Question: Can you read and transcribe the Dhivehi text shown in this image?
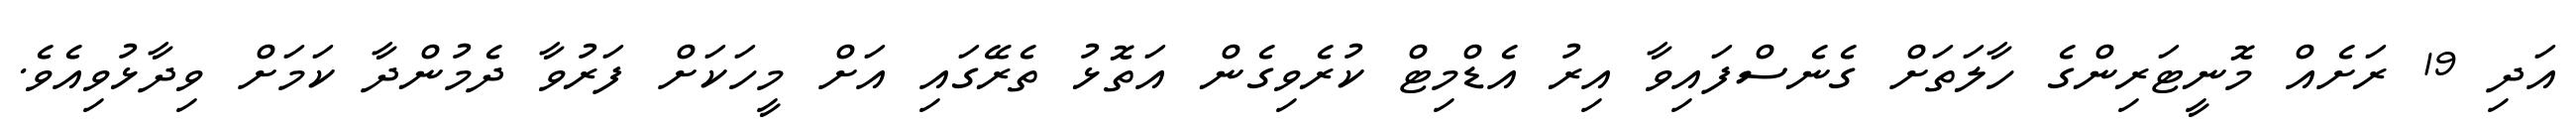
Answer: އަދި 19 ރަށެއް މޮނީޓަރިންގެ ހާލަތަށް ގެނެސްފައިވާ އިރު އެޑްމިޓް ކުރެވިގެން އަތޮޅު ތެރޭގައި އަށް މީހަކަށް ފަރުވާ ދެމުންދާ ކަމަށް ވިދާޅުވިއެވެ.